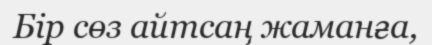
Бір сөз айтсаң жаманға,